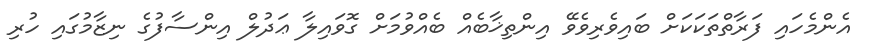
އެންމެހައި ފަރާތްތަކަކަށް ބައިވެރިވެވޭ އިންތިޚާބެއް ބެއްވުމަށް ގޮވައިލާ ޢަދުލް އިންސާފުގެ ނިޒާމުގައި ހުރި